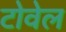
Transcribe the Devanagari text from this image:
टोवेल